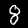
Digit: 8